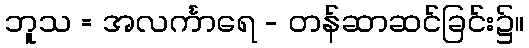
ဘူသ = အလင်္ကာရေ - တန်ဆာဆင်ခြင်း၌။